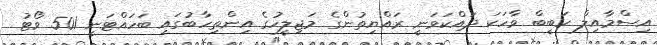
އިސްމާއިލް ހަބީބް ވާހަކަ ދައްކަވަނީ ރައްޔިތުންގެ މަޖިލީހުގެ އިންތިހާބުގައި ބަހައްޓަނީ 501 ވޯޓު